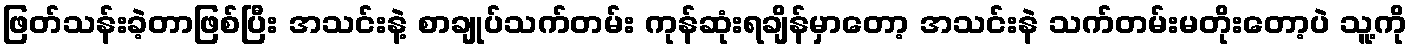
ဖြတ်သန်းခဲ့တာဖြစ်ပြီး အသင်းနဲ့ စာချုပ်သက်တမ်း ကုန်ဆုံးရချိန်မှာတော့ အသင်းနဲ သက်တမ်းမတိုးတော့ပဲ သူ့ကို